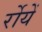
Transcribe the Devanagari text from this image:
र्रोयें